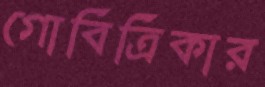
গোবিত্রিকার